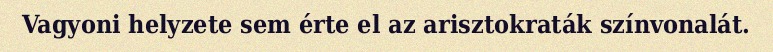
Vagyoni helyzete sem érte el az arisztokraták színvonalát.